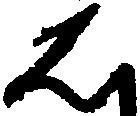
は